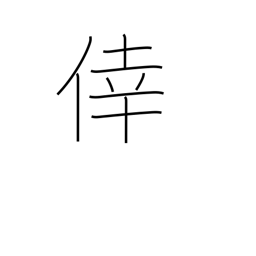
Meaning: happiness